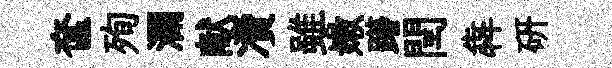
奩殉瀾献凟雖嫩躇閏犇硏